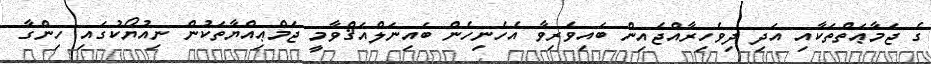
ގެ ޖަމާޢަތްތަކާއި އަދި ދިވެހިރާއްޖެއިން ބައިވެރިވާ އެހެނިހެން ބައިނަލްއަޤްވާމީ ޖަމްޢިއްޔާތަކުން ނިއުޔޯކުގައި ހިންގާ